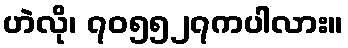
ဟဲလို၊ ၇၀၅၅၂၇ကပါလား။